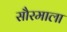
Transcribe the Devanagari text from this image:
सौरमाला